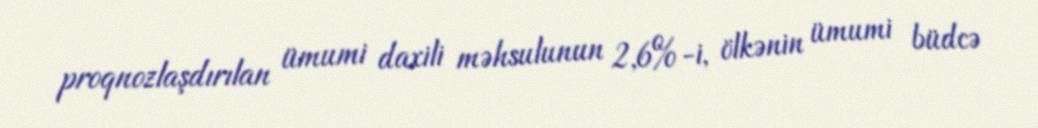
proqnozlaşdırılan ümumi daxili məhsulunun 2,6%-i, ölkənin ümumi büdcə